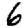
Digit: 6